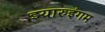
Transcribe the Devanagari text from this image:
इयारुइंगम